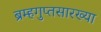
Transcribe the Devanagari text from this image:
ब्रम्हगुप्तसारख्या